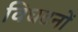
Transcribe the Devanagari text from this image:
विघटनों